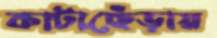
কাটাছেঁড়ায়